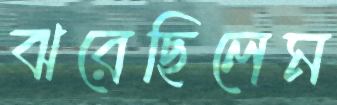
ঝরেছিলেম